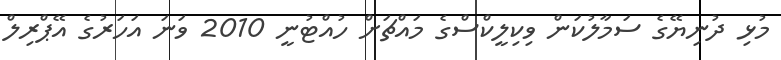
މުޅި ދުނިޔޭގެ ސަމާލުކަން ވިކިލީކްސްގެ މައްޗަށް ހުއްޓުނީ 2010 ވަނަ އަހަރުގެ އޭޕްރިލް